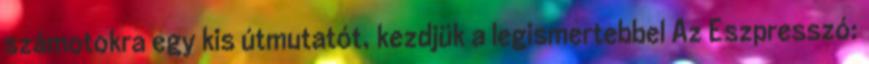
számotokra egy kis útmutatót, kezdjük a legismertebbel Az Eszpresszó: